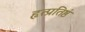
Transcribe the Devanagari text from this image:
हृत्प्रतिष्ठं